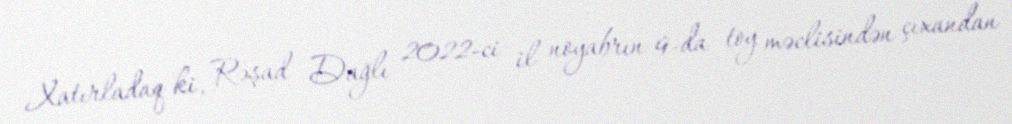
Xatırladaq ki, Rəşad Dağlı 2022-ci il noyabrın 9-da toy məclisindən çıxandan